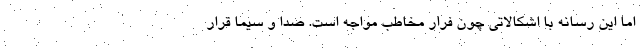
اما این رسانه با اشکالاتی چون فرار مخاطب مواجه است. صدا و سیما قرار